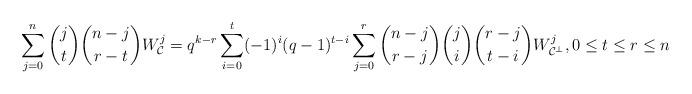
LaTeX: \begin{align*}\sum_{j=0}^n\binom{j}{t}\binom{n-j}{r-t}W_{\mathcal{C}}^j=q^{k-r}\sum_{i=0}^t(-1)^i(q-1)^{t-i}\sum_{j=0}^r\binom{n-j}{r-j}\binom{j}{i}\binom{r-j}{t-i}W_{\mathcal{C}^{\perp}}^j,0\leq t\leq r\leq n\end{align*}